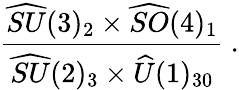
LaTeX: \frac{\widehat{SU}(3)_{2}\times\widehat{SO}(4)_{1}}{\widehat{SU}(2)_{3}\times\widehat{U}(1)_{30}}~.